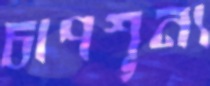
চাপশূন্য